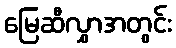
မြေဆီလွှာအတွင်း